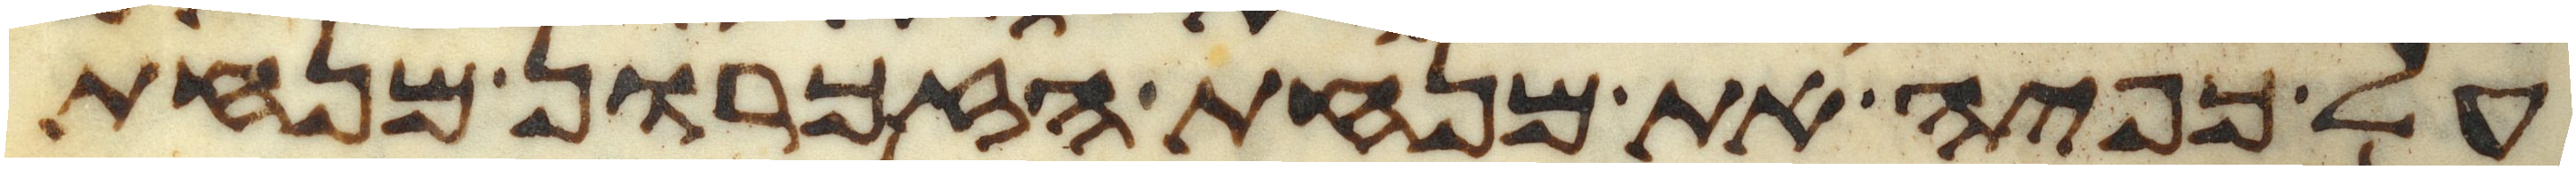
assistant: על כפיה את מנחת הזכרון מנחת